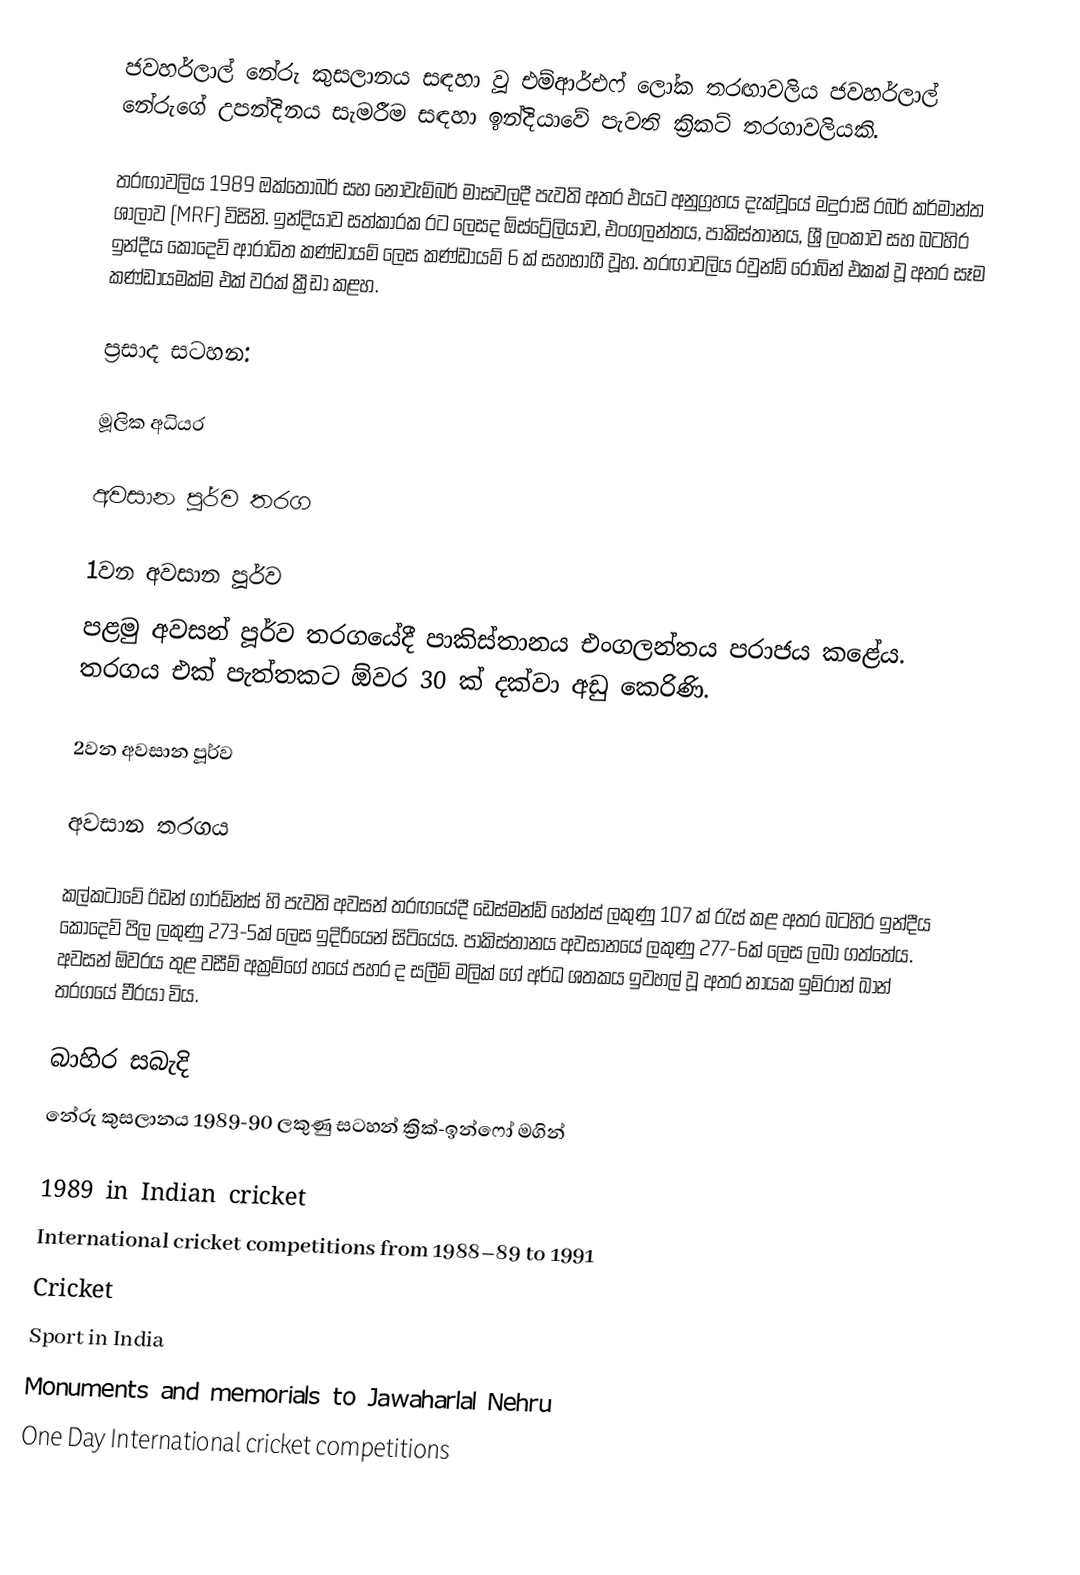
ජවහර්ලාල් නේරු කුසලානය සඳහා වූ එම්ආර්එෆ් ලෝක තරඟාවලිය ජවහර්ලාල් නේරුගේ උපන්දිනය සැමරීම සඳහා ඉන්දියාවේ පැවති ක්‍රිකට් තරගාවලියකි.

තරඟාවලිය 1989 ඔක්තෝබර් සහ නොවැම්බර් මාසවලදී පැවති අතර එයට අනුග්‍රහය දැක්වූයේ මදුරාසි රබර් කර්මාන්ත ශාලාව (MRF) විසිනි. ඉන්දියාව සත්කාරක රට ලෙසද ඕස්ට්‍රේලියාව, එංගලන්තය, පාකිස්තානය, ශ්‍රී ලංකාව සහ බටහිර ඉන්දීය කොදෙව් ආරාධිත කණ්ඩායම් ලෙස කණ්ඩායම් 6 ක් සහභාගී වූහ. තරඟාවලිය රවුන්ඩ් රොබින් එකක් වූ අතර සෑම කණ්ඩායමක්ම එක් වරක් ක්‍රීඩා කළහ.

ප්‍රසාද සටහන:

මූලික අධියර

අවසාන පූර්ව තරග

1වන අවසාන පූර්ව
පළමු අවසන් පූර්ව තරගයේදී පාකිස්තානය එංගලන්තය පරාජය කළේය. තරගය එක් පැත්තකට ඕවර 30 ක් දක්වා අඩු කෙරිණි.

2වන අවසාන පූර්ව

අවසාන තරගය

කල්කටාවේ ඊඩන් ගාර්ඩ්න්ස් හි පැවති අවසන් තරඟයේදී ඩෙස්මන්ඩ් හේන්ස් ලකුණු 107 ක් රැස් කළ අතර බටහිර ඉන්දීය කොදෙව් පිල ලකුණු 273-5ක් ලෙස ඉදිරියෙන් සිටියේය. පාකිස්තානය අවසානයේ ලකුණු 277-6ක් ලෙස ලබා ගත්තේය. අවසන් ඕවරය තුළ වසීම් අක්‍රම්ගේ හයේ පහර ද සලීම් මලික් ගේ අර්ධ ශතකය ඉවහල් වූ අතර නායක ඉම්රාන් ඛාන් තරගයේ වීරයා විය.

බාහිර සබැදි
 නේරු කුසලානය 1989-90 ලකුණු සටහන් ක්‍රික්-ඉන්ෆෝ මගින්

1989 in Indian cricket
International cricket competitions from 1988–89 to 1991
Cricket
Sport in India
Monuments and memorials to Jawaharlal Nehru
One Day International cricket competitions